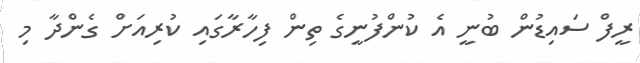
ރީފް ސައިޑުން ބުނީ އެ ކުންފުނީގެ ތިން ފިހާރާގައި ކުރިއަށް ގެންދާ މި